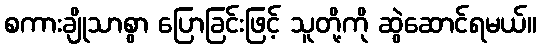
စကားချိုသာစွာ ပြောခြင်းဖြင့် သူတို့ကို ဆွဲဆောင်ရမယ်။